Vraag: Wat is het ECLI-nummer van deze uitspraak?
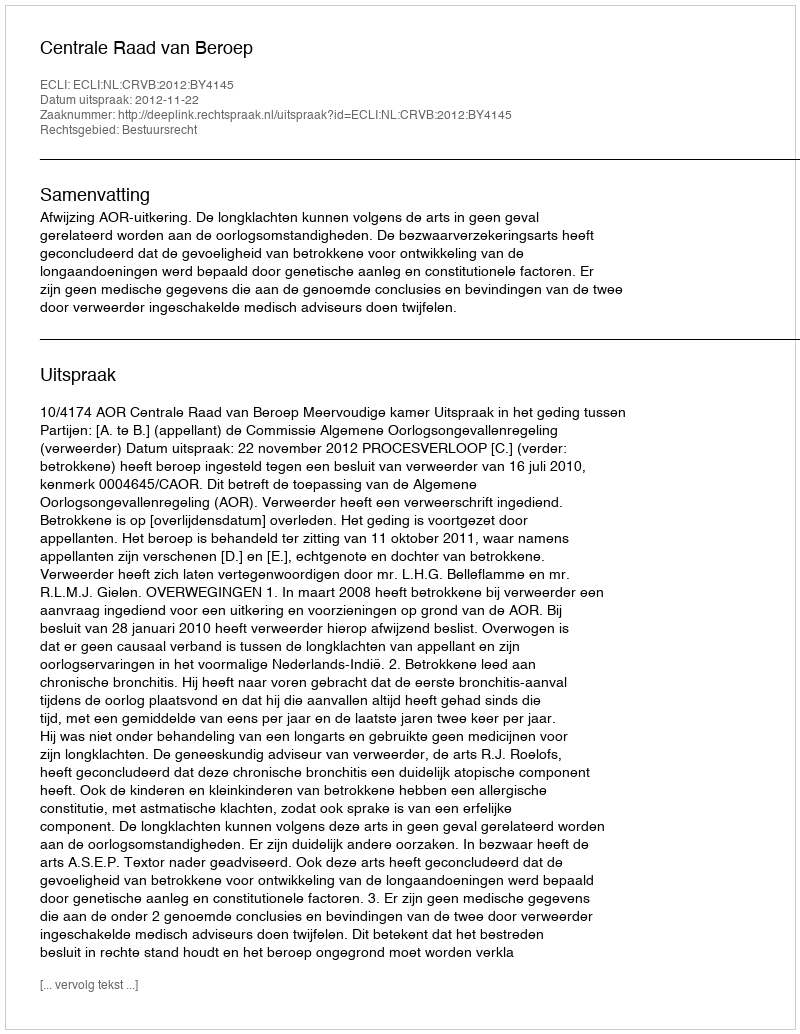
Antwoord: ECLI:NL:CRVB:2012:BY4145